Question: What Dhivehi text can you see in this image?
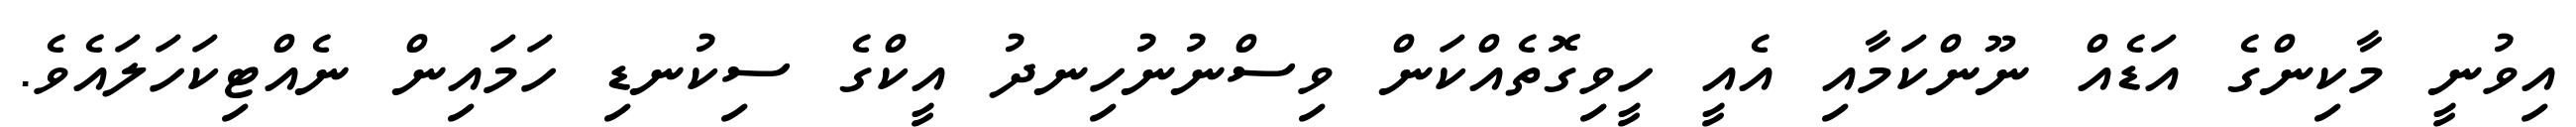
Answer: އިވުނީ މާކިންގެ އަޑެއް ނޫންކަމާއި އެއީ ހީވިގޮތެއްކަން ވިސްނުނުހިނދު އީކްގެ ސިކުނޑި ހަމައިން ނެއްޓިކަހަލައެވެ.